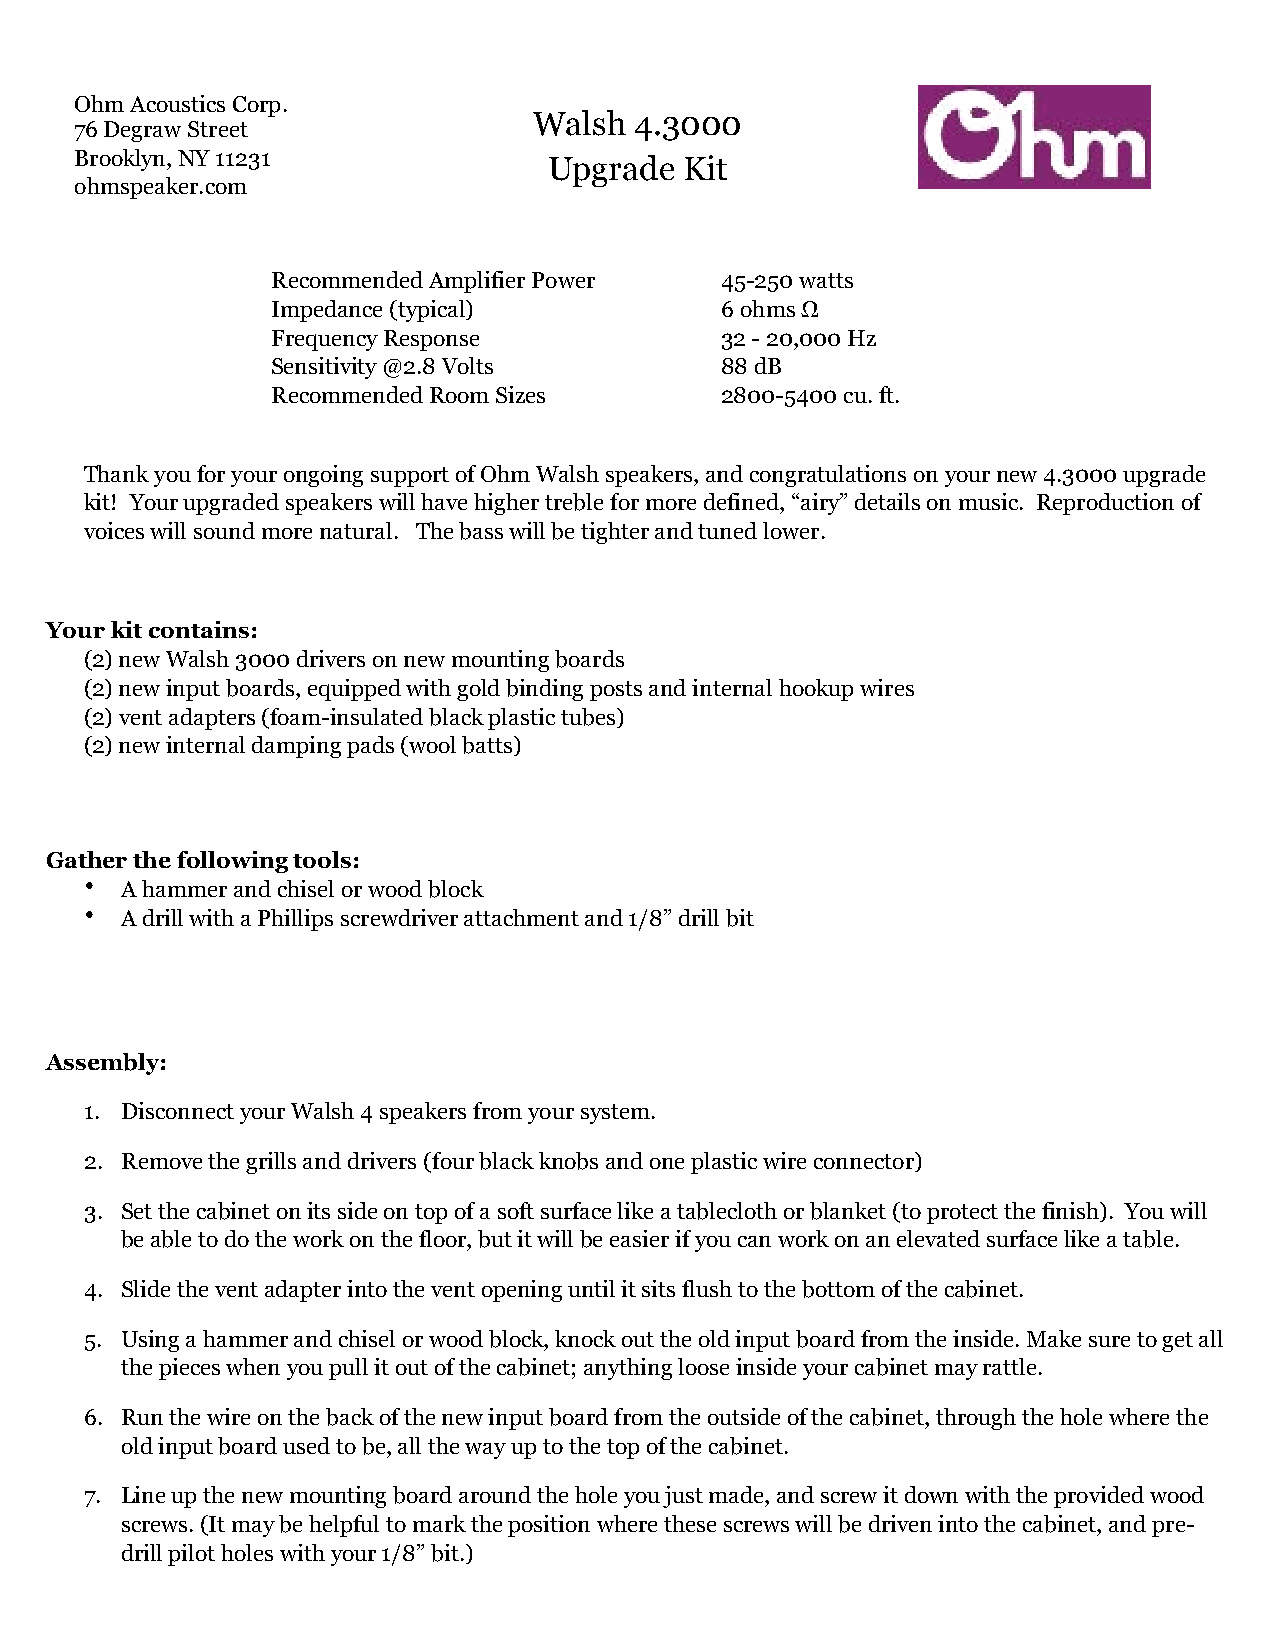
Ohm Acoustics Corp.
 Walsh  4.3000
 76 Degraw Street
 Brooklyn, NY 11231
 Upgrade  Kit
 ohmspeaker.com
 Recommended Amplifier Power   45-250 watts
 Impedance (typical)           6 ohms Ω
 Frequency Response            32 - 20,000 Hz
 Sensitivity @2.8 Volts        88 dB
 Recommended Room Sizes        2800-5400 cu. ft.
 Thank you for your ongoing support of Ohm Walsh speakers, and congratulations on your new 4.3000 upgrade
 kit! Your upgraded speakers will have higher treble for more defined, “airy” details on music. Reproduction of
 voices will sound more natural. The bass will be tighter and tuned lower.
 Your kit contains:
 (2) new Walsh 3000 drivers on new mounting boards
 (2) new input boards, equipped with gold binding posts and internal hookup wires
 (2) vent adapters (foam-insulated black plastic tubes)
 (2) new internal damping pads (wool batts)
 Gather the following tools:
 • A hammer and chisel or wood block
 • A drill with a Phillips screwdriver attachment and 1/8” drill bit
 Assembly:
 1. Disconnect your Walsh 4 speakers from your system.
 2. Remove the grills and drivers (four black knobs and one plastic wire connector)
 3. Set the cabinet on its side on top of a soft surface like a tablecloth or blanket (to protect the finish). You will
 be able to do the work on the floor, but it will be easier if you can work on an elevated surface like a table.
 4. Slide the vent adapter into the vent opening until it sits flush to the bottom of the cabinet.
 5. Using a hammer and chisel or wood block, knock out the old input board from the inside. Make sure to get all
 the pieces when you pull it out of the cabinet; anything loose inside your cabinet may rattle.
 6. Run the wire on the back of the new input board from the outside of the cabinet, through the hole where the
 old input board used to be, all the way up to the top of the cabinet.
 7. Line up the new mounting board around the hole you just made, and screw it down with the provided wood
 screws. (It may be helpful to mark the position where these screws will be driven into the cabinet, and pre-
 drill pilot holes with your 1/8” bit.)